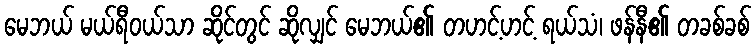
မေဘယ် မယ်ရီဝယ်သာ ဆိုင်တွင် ဆိုလျှင် မေဘယ်၏ တဟင့်ဟင့် ရယ်သံ၊ ဖန်နီ၏ တခစ်ခစ်